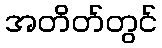
အတိတ်တွင်